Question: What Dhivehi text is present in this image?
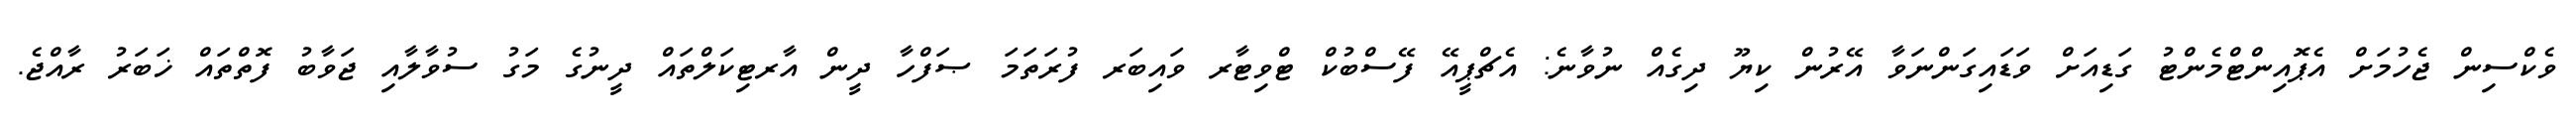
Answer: ވެކްސިން ޖެހުމަށް އެޕޮއިންޓްމެންޓު ގަޑިއަށް ވަޑައިގަންނަވާ އޭރުން ކިޔޫ ދިގެއް ނުވާނެ: އެޗްޕީއޭ ފޭސްބުކް ޓްވިޓާރ ވައިބަރ ފުރަތަމަ ޞަފްހާ ދީން އާރޓިކަލްތައް ދީނުގެ މަގު ސުވާލާއި ޖަވާބު ފޮތްތައް ޚަބަރު ރާއްޖެ.